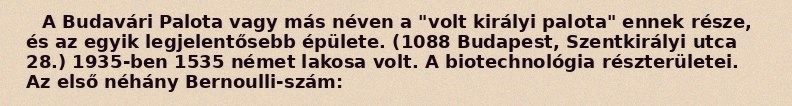
A Budavári Palota vagy más néven a "volt királyi palota" ennek része, és az egyik legjelentősebb épülete. (1088 Budapest, Szentkirályi utca 28.) 1935-ben 1535 német lakosa volt. A biotechnológia részterületei. Az első néhány Bernoulli-szám: